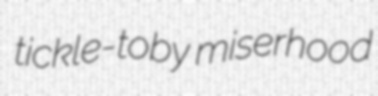
tickle-toby miserhood